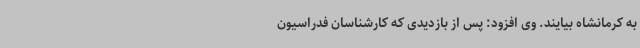
به کرمانشاه بیایند. وی افزود: پس از بازدیدی که کارشناسان فدراسیون